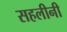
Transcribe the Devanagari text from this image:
सहलीनी